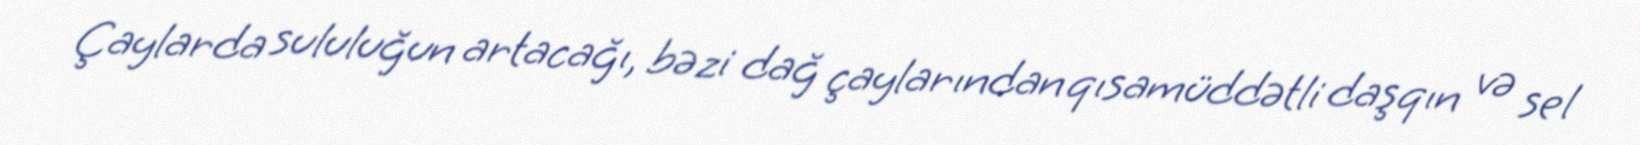
Çaylarda sululuğun artacağı, bəzi dağ çaylarından qısamüddətli daşqın və sel